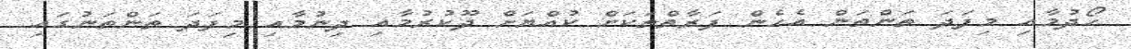
ހޯދުމާއި މިފަދަ ތަންތަން އެހެން ފަރާތްތަކަށް ކުއްޔަށް ދޫކުރުމާއި ދިނުމާއި މިފަދަ ތަންތަނުގައި